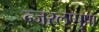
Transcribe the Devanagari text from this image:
न्जरलप्पुषा